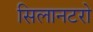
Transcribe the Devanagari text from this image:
सिलानटरो